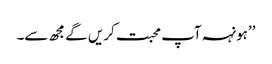
’’ہونہہ آپ محبت کریں گے مجھ سے۔